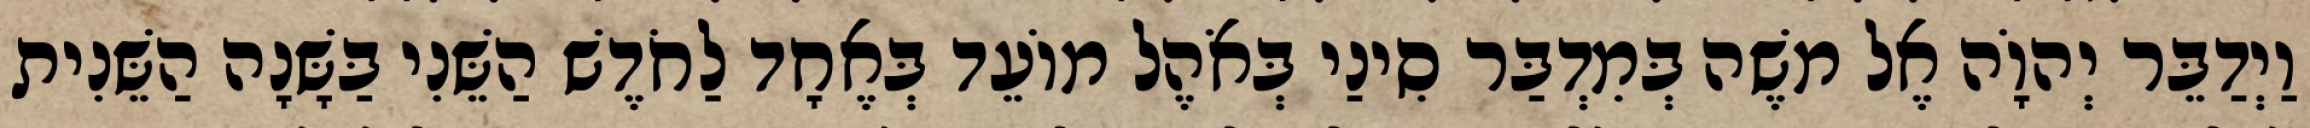
וַיְדַבֵּר יְהוָֹה אֶל משֶׁה בְּמִדְבַּר סִינַי בְּאֹהֶל מוֹעֵד בְּאֶחָד לַחֹדֶשׁ הַשֵּׁנִי בַּשָּׁנָה הַשֵּׁנִית